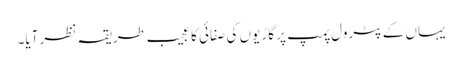
یہاں کے پٹرول پمپ پر گاڑیوں کی صفائی کا عجیب طریقہ نظر آیا۔